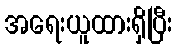
အရေးယူထားရှိပြီး